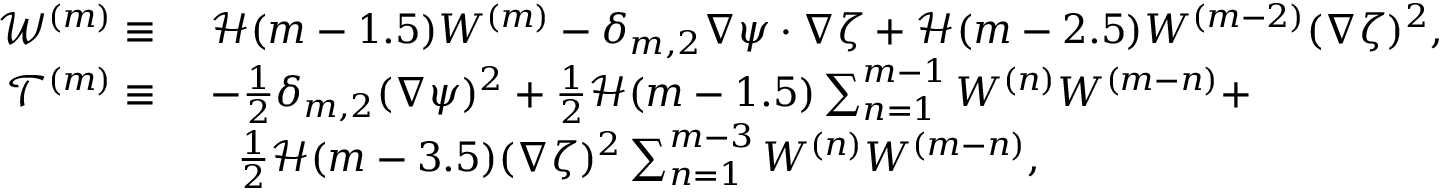
\begin{array} { r l } { \mathcal { W } ^ { ( m ) } \equiv ~ } & { \mathcal { H } ( m - 1 . 5 ) W ^ { ( m ) } - \delta _ { m , 2 } \nabla \psi \cdot \nabla \zeta + \mathcal { H } ( m - 2 . 5 ) W ^ { ( m - 2 ) } ( \nabla \zeta ) ^ { 2 } , } \\ { \mathcal { T } ^ { ( m ) } \equiv ~ } & { - \frac { 1 } { 2 } \delta _ { m , 2 } ( \nabla \psi ) ^ { 2 } + \frac { 1 } { 2 } \mathcal { H } ( m - 1 . 5 ) \sum _ { n = 1 } ^ { m - 1 } W ^ { ( n ) } W ^ { ( m - n ) } + } \\ & { ~ ~ \frac { 1 } { 2 } \mathcal { H } ( m - 3 . 5 ) ( \nabla \zeta ) ^ { 2 } \sum _ { n = 1 } ^ { m - 3 } W ^ { ( n ) } W ^ { ( m - n ) } , } \end{array}